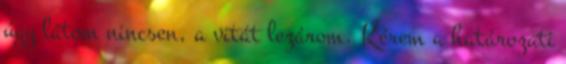
úgy látom nincsen, a vitát lezárom. Kérem a határozati